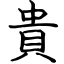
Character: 貴